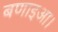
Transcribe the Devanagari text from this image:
बणाइआ।